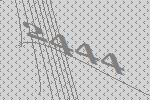
2444